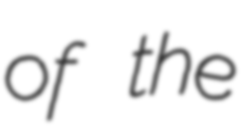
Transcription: of the